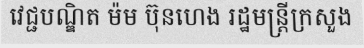
វេជ្ជបណ្ឌិត ម៉ម ប៊ុនហេង រដ្ឋមន្ត្រីក្រសួង